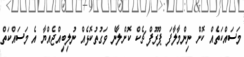
މަސައްކަތެއް ކޮށް ނިންމާލާފަ ޕްރޫފް ޗެކް ކޮށްލާނެ ވަގުތުކޮޅެއް ނުލިބިއްޖެއްޔާ އެ މަސައްކަތް